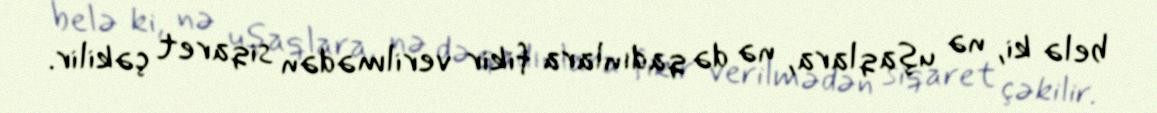
belə ki, nə uşaqlara, nə də qadınlara fikir verilmədən siqaret çəkilir.